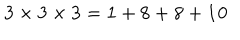
{ \bf 3 } \times { \bf 3 } \times { \bf 3 } = { \bf 1 } + { \bf 8 } + { \bf 8 } + { \bf 1 0 }